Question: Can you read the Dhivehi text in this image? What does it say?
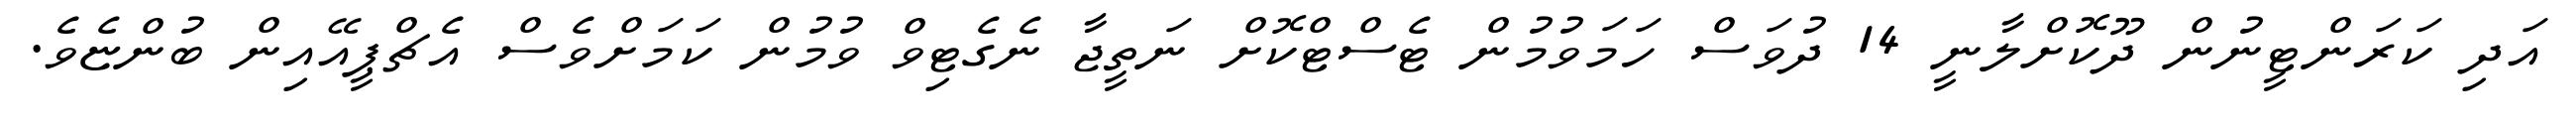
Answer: އަދި ކަރަންޓީނުން ދޫކޮށްލާނީ 14 ދުވަސް ހަމަވުމުން ޓެސްޓްކޮށް ނަތީޖާ ނެގެޓިވް ވުމުން ކަމަށްވެސް އެޗްޕީއޭއިން ބުންޏެވެ.